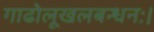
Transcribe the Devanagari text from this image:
गाढोलूखलबन्धनः।